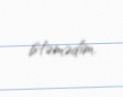
istəmədim.